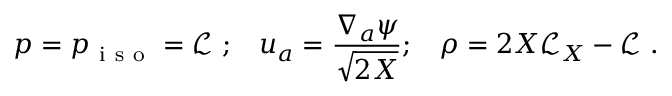
p = p _ { \mathrm { ~ i ~ s ~ o ~ } } = \mathcal { L } ~ ; \, \, \, \ u _ { a } = \frac { \nabla _ { a } \psi } { \sqrt { 2 X } } ; \, \, \, \ \rho = 2 X \mathcal { L } _ { X } - \mathcal { L } ~ .